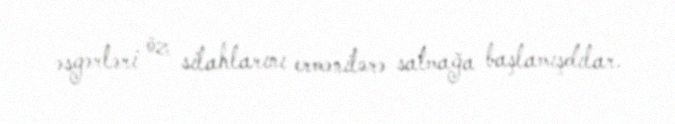
əsgərləri öz silahlarını ermənilərə satmağa başlamışdılar.